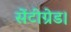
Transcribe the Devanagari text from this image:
सेंटीग्रेड।